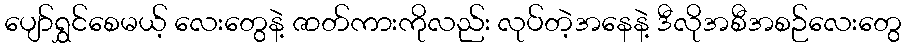
ပျော်ရွှင်စေမယ့် လေးတွေနဲ့ ဇာတ်ကားကိုလည်း လုပ်တဲ့အနေနဲ့ ဒီလိုအစီအစဉ်လေးတွေ